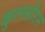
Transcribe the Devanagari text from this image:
कुलसौरभ